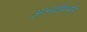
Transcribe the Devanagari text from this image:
आनंदोपभोग